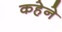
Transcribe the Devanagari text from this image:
कहेने